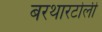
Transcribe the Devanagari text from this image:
बरथारटोली